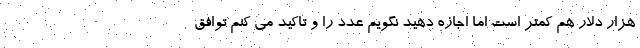
هزار دلار هم کمتر است اما اجازه دهید نگویم عدد را و تاکید می کنم توافق